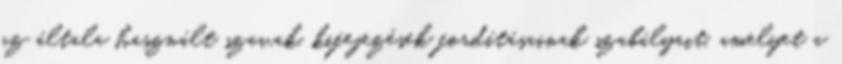
az általa használt szavak, kifejezések fordításainak szabályait, amelyet a